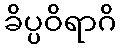
ခိပ္ပဝိရာဂိ